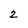
Character: 2